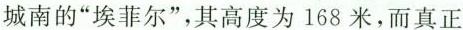
城南的”埃菲尔”，其高度为168米，而真正